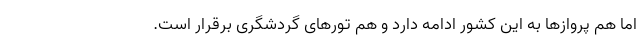
اما هم پروازها به این کشور ادامه دارد و هم تورهای گردشگری برقرار است.